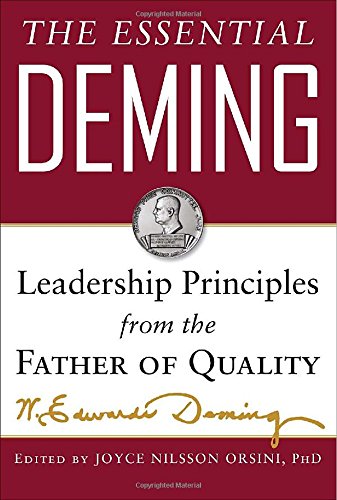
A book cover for The Essential Deming: Leadership Principles from the Father of Quality; W. Edwards Deming; Business & Money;